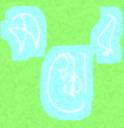
মস্কোর